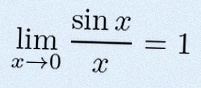
\lim_{x\to0}\frac{\sin x}{x}=1